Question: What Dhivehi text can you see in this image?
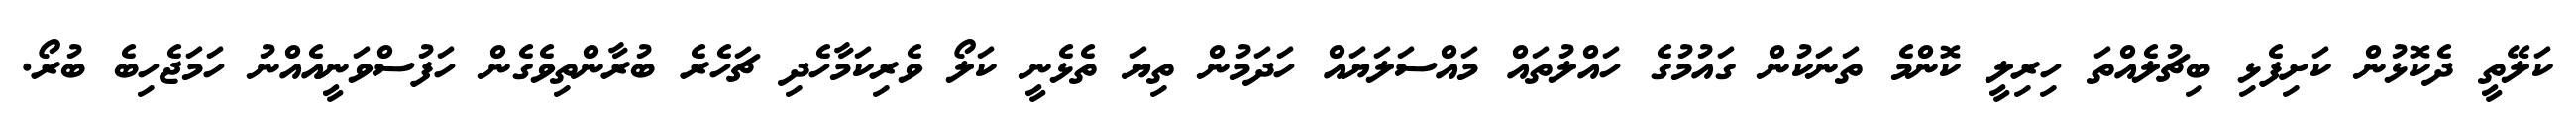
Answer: ކަލޭތީ ދެކޮޅުން ކަށިފެޅި ބިޗުލެއްތަ ހިރިލީ ކޮންމެ ތަނަކުން ގައުމުގެ ހައްލުތައް މައްސަލަޔައް ހަދަމުން ތިޔަ ތެޅެނީ ކަލޯ ވެރިކަމާހެދި ޗަހެރެ ބުރާންތިވެގެން ހަފުސްވަނީއެއްނު ހަމަޖެހިބެ ބުރޯ.